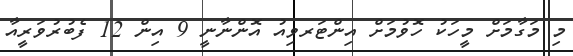
މި މަގާމަށް މީހަކު ހޮވުމަށް އިންޓަރވިއު އޮންނާނީ 9 އިން 12 ފެބުރުވަރީއާ